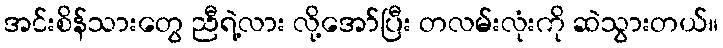
အင်းစိန်သားတွေ ညီရဲ့လား လို့အော်ပြီး တလမ်းလုံးကို ဆဲသွားတယ်။